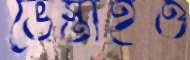
ভেস্তাইও